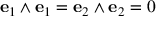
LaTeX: \mathbf { e } _ { 1 } \wedge \mathbf { e } _ { 1 } = \mathbf { e } _ { 2 } \wedge \mathbf { e } _ { 2 } = 0